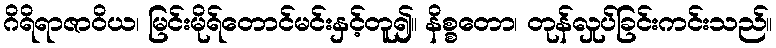
ဂိရိရာဇာဝိယ၊ မြင်းမိုရ်တောင်မင်းနှင့်တူ၍။ နိစ္စတော၊ တုန်လှုပ်ခြင်းကင်းသည်။